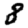
Digit: 8